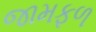
જામફળ